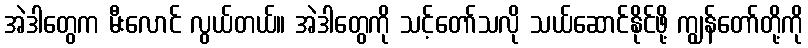
အဲဒါတွေက မီးလောင် လွယ်တယ်။ အဲဒါတွေကို သင့်တော်သလို သယ်ဆောင်နိုင်ဖို့ ကျွန်တော်တို့ကို